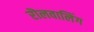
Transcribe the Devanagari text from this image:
रॊलवालिंग